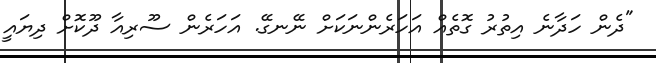
"ދެން ހަދާނެ އިތުރު ގޮތެއް އަހަރެންނަކަށް ނޭނގޭ. އަހަރެން ސޫރިއާ ދޫކޮށް ދިޔައީ